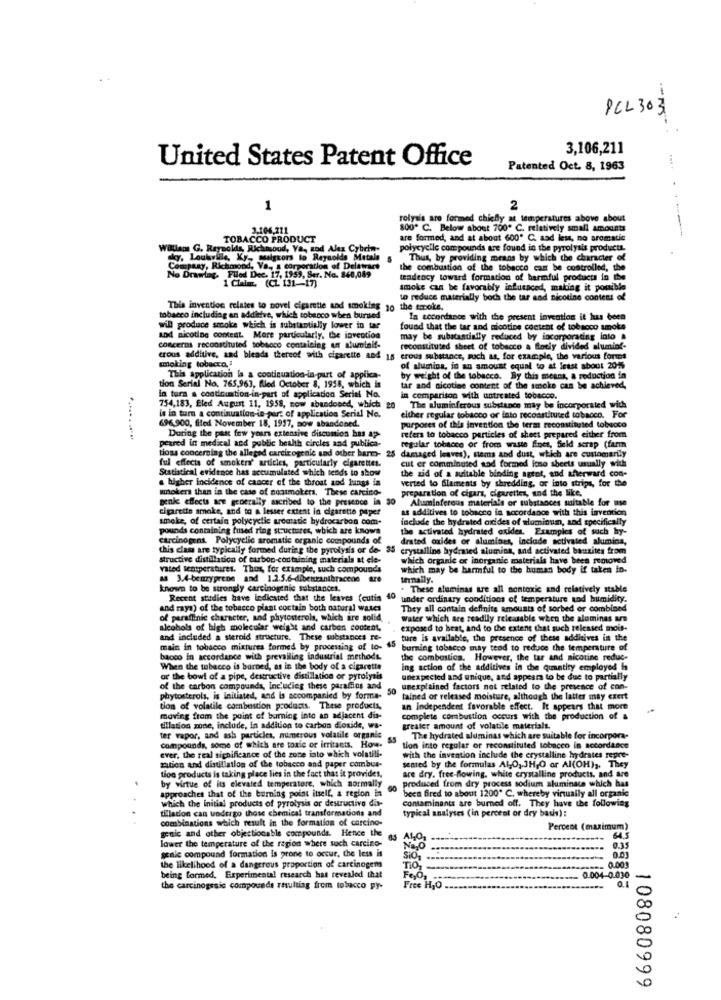
PCL 303
3,106,211
United States Patent Office
Patented Oct. 8, 1963
1
2
rolyais are formed chiefly at temperatures above about
3-106.211
800 C. Below about 700" C. relatively small amounts
TOBACCO PRODUCT
are formed, and at about 600* C. sad less, no aromatic
Watlam G. Reynolds, Richmond, Va ,, and Alex Cybrin-
polycyclic compounds are found in the pyrolysis productt.
sky. Louisville, Ky, salgkors to Reynolds Metale
Thus, by providing means by which the character of
Company, Richmond
empaay, Richmond, Va ., a corporation of Delaware
the combustion of the tobacco can be controlled, the
No Drawing. Flied Dee. 17, 1959, Ser. No. 840,089
1 Claim. (CL 131-17)
tendency toward formation of harmful products in the
smoke can be favorably influenced, making it posible
to reduce materially both the tar and nicotine content of
This invention relates to novel cigarette and smoking jo the smoke.
tobacco including an additive, which tobacco when burned
In tecordance with the present invention it has been
will produce smoke which is substantially lower in tar
found that the tar and nicotine content of tobacco smoke
aDd nicotine content. More particularly, the invention
may be substantially reduced by incorporating lato &
concerns reconstituted tobacco containing un aluminif-
reconstituted sheet of tobacco a florly divided alumini-
crous additive, and blends thereof with cigarette and 18 crous substance, such as, for example, the various forms
smoking tobacco. 1
of alumina, is an amount equal to at least about 2015
This application la a continuation-in-part of applica-
by weight of the tobacco. By this means, a reduction in
tion Serial No. 765,963, fled October 8, 1958, which is
tar and nicotine content of the smoke can be achieved,
in tura a continuation-in-part of application Serial No.
in comparison with untreated tobacco.
754,183, Eled August 11, 1958, now abandoned, which 20
The aluminferous substance may be incorporated with
696,900, filed November 18, 1957, sow abandoned.
le in turn a continuation-in-part of application Serial No.
either regular tobacco or into reconstituted tobacco. For
purposes of this invention the term reconstituted tolsucco
peared in medical and public health circles and publica-
During the past few yours extensive discunios has ap-
refers to tobacco particles of sheet prepared either from
tioss concerning the alleged carcinogenic and other harm-
regular tobacco or from waste fines, Seld serap (farm
ful effects of smokers' articles, particularly cigarettes.
25 damaged leaves), stems and dust, which are customarily
Statistical evidence has accumulated which tends to show
cut er comminused sad formed itno sheets usually with
the zid of a suitable binding agent, and afterward con-
. higher incidence of cancer of the throat and lungs in
verted to Slaments by shredding, or into strips, for the
smokers than in the case of nonsmokers. These carcino-
preparation of cigars, cigarettes, and the like.
genk effects are generally sscribed to the presence in 30
Alminferous materials or substances suitable for use
cigarette smoke, and to a lesser extent in cigarette paper
as additives to tobacco in accordance with this invention
smoke, of certain polycyclic arestatic hydrocarbon com-
include the hydrated oxides of aluminum, and specifically
pounds containing fused ring structures, which are knows
the activated hydrated oxidles. Examples of such hy-
carcinogens. Polycyclic aromatic organic compounds of
drated oxides or alumines, include activated alumina,
this clam are typically formed during the pyrolysis or de- 35
crystalline hydrated alumina, and activated banzites from
structive distillation of carbon-containing materials at ele-
which organic or inorganic materials have been removed
vated temperatures. Thus, for example, such compounds
which may be harmful to the human body if taken in-
ad 3.4-benzyprene and 1.2.5.6-dibenzranibracene az
ternally.
known to be strongly carcinogenic substances.
These aluminas tre all nontoxic and relatively stable
Recent studies have indiested that the leaves (cutis
40
under ordinary conditions of temperature and humidity.
and raya) of the tobacco plant coctain both natural wases
They all contain definite amounts of sorbed or combined
of paraffinic character, and phytosterols, which are solid,
Water which are readily releasable when the aluminas ars
alcohols of high molecular weight and carbon content,
exposed to beat, and to the extent that such released mois-
and included a sterold structure. These substances re-
45
ture is available, the presence of these additives in the
main in tobacco mixtures formed by processing of lo-
burning tobacco may teod to reduce the temperature of
bacco in accordance with prevailing industrial methods.
the combustion. However, the tar and nicotine reduc-
When the tobacco is burned, as in the body of a cigarette
ing action of the additives in the quantity employed is
or the bowl of a pipe, destructive distillation or pyrolysis
unexpected and unique, and appears to be due to partially
of the carbon compounds, Including these parafins and
50
unexplained factors not related to the presence of con-
phytosterols, is initiated, and is accompanied by forma-
tained or released moisture, although the latter may exert
tion of volatile combustion products. These products,
an independent favorable effect. It appears that more
moving from the point of burning into an adjacent dis-
complete combustion occurs with the production of a
tillation zone, include, in addition to carbon dioxide, wa-
greater amount of volatile materials.
ter vapor, and ash particles, numerous volatile organic
The hydrated aluminas which are suitable for incorpora-
compounds, some of which are toxic or irritants. How.
tion into regular or reconstituted tobacco in accordance
ever, the real significance of the zone into which volatili-
with the invention include the crystalline hydrates repre-
zation and distillatlos of the tobacco and paper combus-
sented by the formulas Al,O, 3H,O or Al(OH) ,. They
tion products is taking place lies in the fact that it provides,
produced from dry process sodium aluminate which has
are dry. free-flowing, white crystalline products, and are
approaches that of the burning point itself, a region in
by virtue of its elevated temperature, which normally
been fired to about 1200" C. whereby virtually all organic
contaminants are burned off. They have the following
which the initial products of pyrolysis or destructive dia-
tillation can undergo those chemical transformations and
typical analyses (in percent or dry basis) :
combinations which result in the formation of carcino-
genic and other objectionable compounds. Hence the
Percent (maximum)
lower the temperature of the region where soch carcino-
seale compound formation Is prone to occur, the less is
Não
0.35
0.03
the likelihood of a dangerous proportion of carcinogem
-
0.001
being formed, Experimental research has revealed that
FeOs
0 004-0.030
the carcinogesic compounds resulting from tobacco py-
Free HJO
108080999